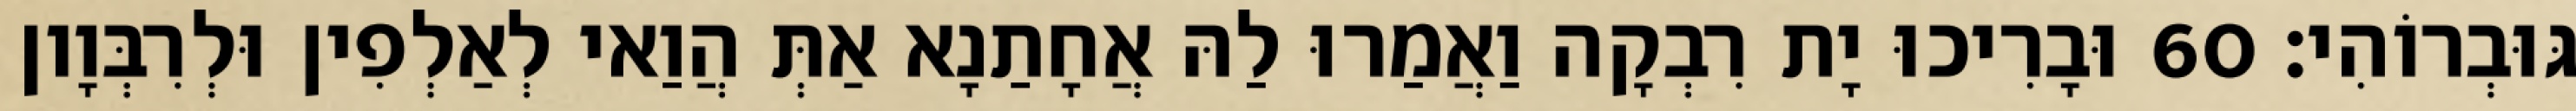
גּוּבְרוֹהִי׃ 60 וּבָרִיכוּ יָת רִבְקָה וַאֲמַרוּ לַהּ אֲחָתַנָא אַתְּ הֲוַאי לְאַלְפִין וּלְרִבְּוָון